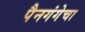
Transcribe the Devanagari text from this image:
पैनगंगेचा